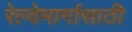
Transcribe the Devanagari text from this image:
रेल्वेमार्गासाठी